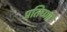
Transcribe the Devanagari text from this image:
प्रतिघ्णा